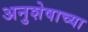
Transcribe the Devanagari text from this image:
अनुशेषाच्या